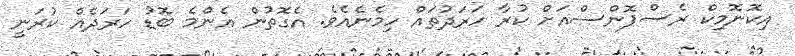
އިކޮނޮމިކް ރެސްޕޮންސްއަށް ކުރާ ހަރަދުތައް ހިމެނެއެވެ. އެގޮތުން އެންމެ ބޮޑު ހަރަދެއް ކުރަނީ